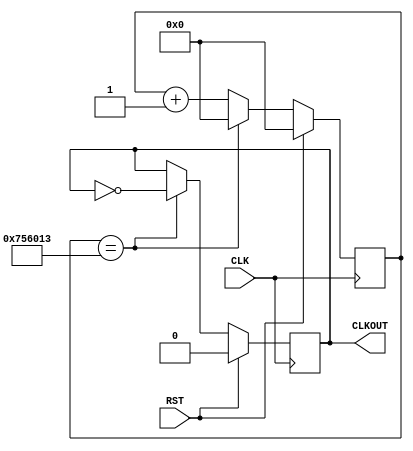
`timescale 1ns / 1ps
//////////////////////////////////////////////////////////////////////////////////
// Company: Digilent Inc.
// converted by Randon Stasney, Dakota Ward, Naveen Yalla, Kajal Zatale
// Module Name:    ClkDiv_5Hz
// Project Name: 	 PmodJSTK_Demo
// Target Devices: Nexys4DDR
// Tool versions:  Vivado 2015
// Description: Converts input 65MHz clock signal to a 5Hz clock signal.
//
// Revision History: 
// 						Revision 1.01 - File Created (Josh Sackos)
//	Modified to run Dungeon crawler from a 65 MHz clock 					
//////////////////////////////////////////////////////////////////////////////////

// ============================================================================== 
// 										  Define Module
// ==============================================================================
module ClkDiv_5Hz(
    CLK,											// 65MHz sysclk
    RST,											// Reset
    CLKOUT										// New clock output
    );

// ===========================================================================
// 										Port Declarations
// ===========================================================================
	input CLK;
	input RST;
	output CLKOUT;

// ===========================================================================
// 							  Parameters, Regsiters, and Wires
// ===========================================================================
	
	// Output register
	reg CLKOUT;
	
	// Value to toggle output clock at
	parameter cntEndVal = 24'h756013;
	// Current count
	reg [23:0] clkCount = 24'h000000;
	

// ===========================================================================
// 										Implementation
// ===========================================================================

	//-------------------------------------------------
	//	5Hz Clock Divider Generates Send/Receive signal
	//-------------------------------------------------
	always @(posedge CLK) begin

			// Reset clock
			if(RST == 1'b1) begin
					CLKOUT <= 1'b0;
					clkCount <= 24'h000000;
			end
			else begin

					if(clkCount == cntEndVal) begin
							CLKOUT <= ~CLKOUT;
							clkCount <= 24'h000000;
					end
					else begin
							clkCount <= clkCount + 1'b1;
					end

			end

	end

endmodule